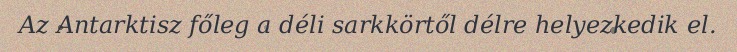
Az Antarktisz főleg a déli sarkkörtől délre helyezkedik el.